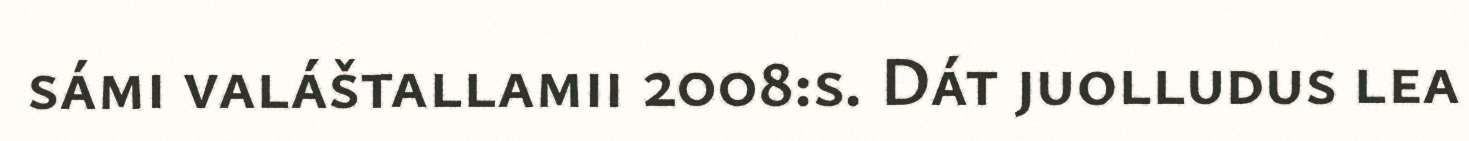
sámi valáštallamii 2008:s. Dát juolludus lea